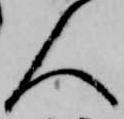
人